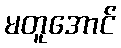
မတူအောင်